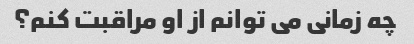
چه زمانی می توانم از او مراقبت کنم؟